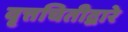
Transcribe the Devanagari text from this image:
वृत्तचितीद्वारे